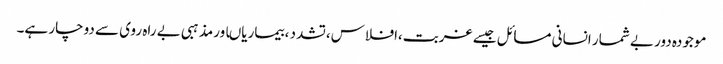
موجودہ دور بے شمار انسانی مسائل جیسے غربت،افلاس،تشدد ،بیماریاںاورمذہبی بے راہ روی سے دوچار ہے۔